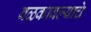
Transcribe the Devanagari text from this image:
बळकावल्याचे